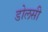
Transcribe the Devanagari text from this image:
डोलसी